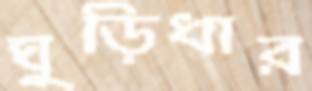
ঘুড়িধার